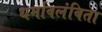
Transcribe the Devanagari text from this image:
धर्मावलंबिता